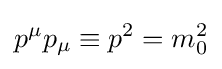
p^{\mu }p_{\mu }\equiv p^{2}=m_{0}^{2}